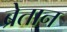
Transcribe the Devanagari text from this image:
ब्रेतान